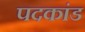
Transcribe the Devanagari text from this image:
पदकांड